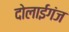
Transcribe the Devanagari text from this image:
दोलाईगंज